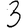
Digit: 3